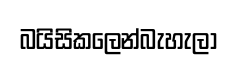
බයිසිකලෙන්බැහැලා